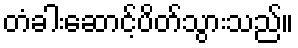
တံခါးဆောင့်ပိတ်သွားသည်။